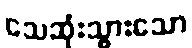
သေဆုံးသွားသော